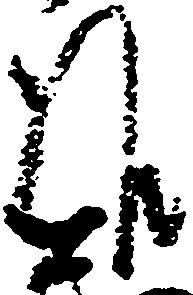
候